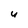
Character: U